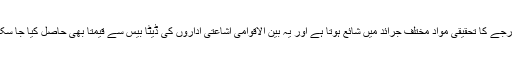
اعلی درجے کا تحقیقی مواد مختلف جرائد میں شائع ہوتا ہے اور یہ بین الاقوامی اشاعتی اداروں کی ڈیٹا بیس سے قیمتاً بھی حاصل کیا جا سکتا ہے۔